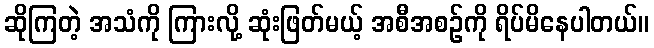
ဆိုကြတဲ့ အသံကို ကြားလို့ ဆုံးဖြတ်မယ့် အစီအစဉ်ကို ရိပ်မိနေပါတယ်။